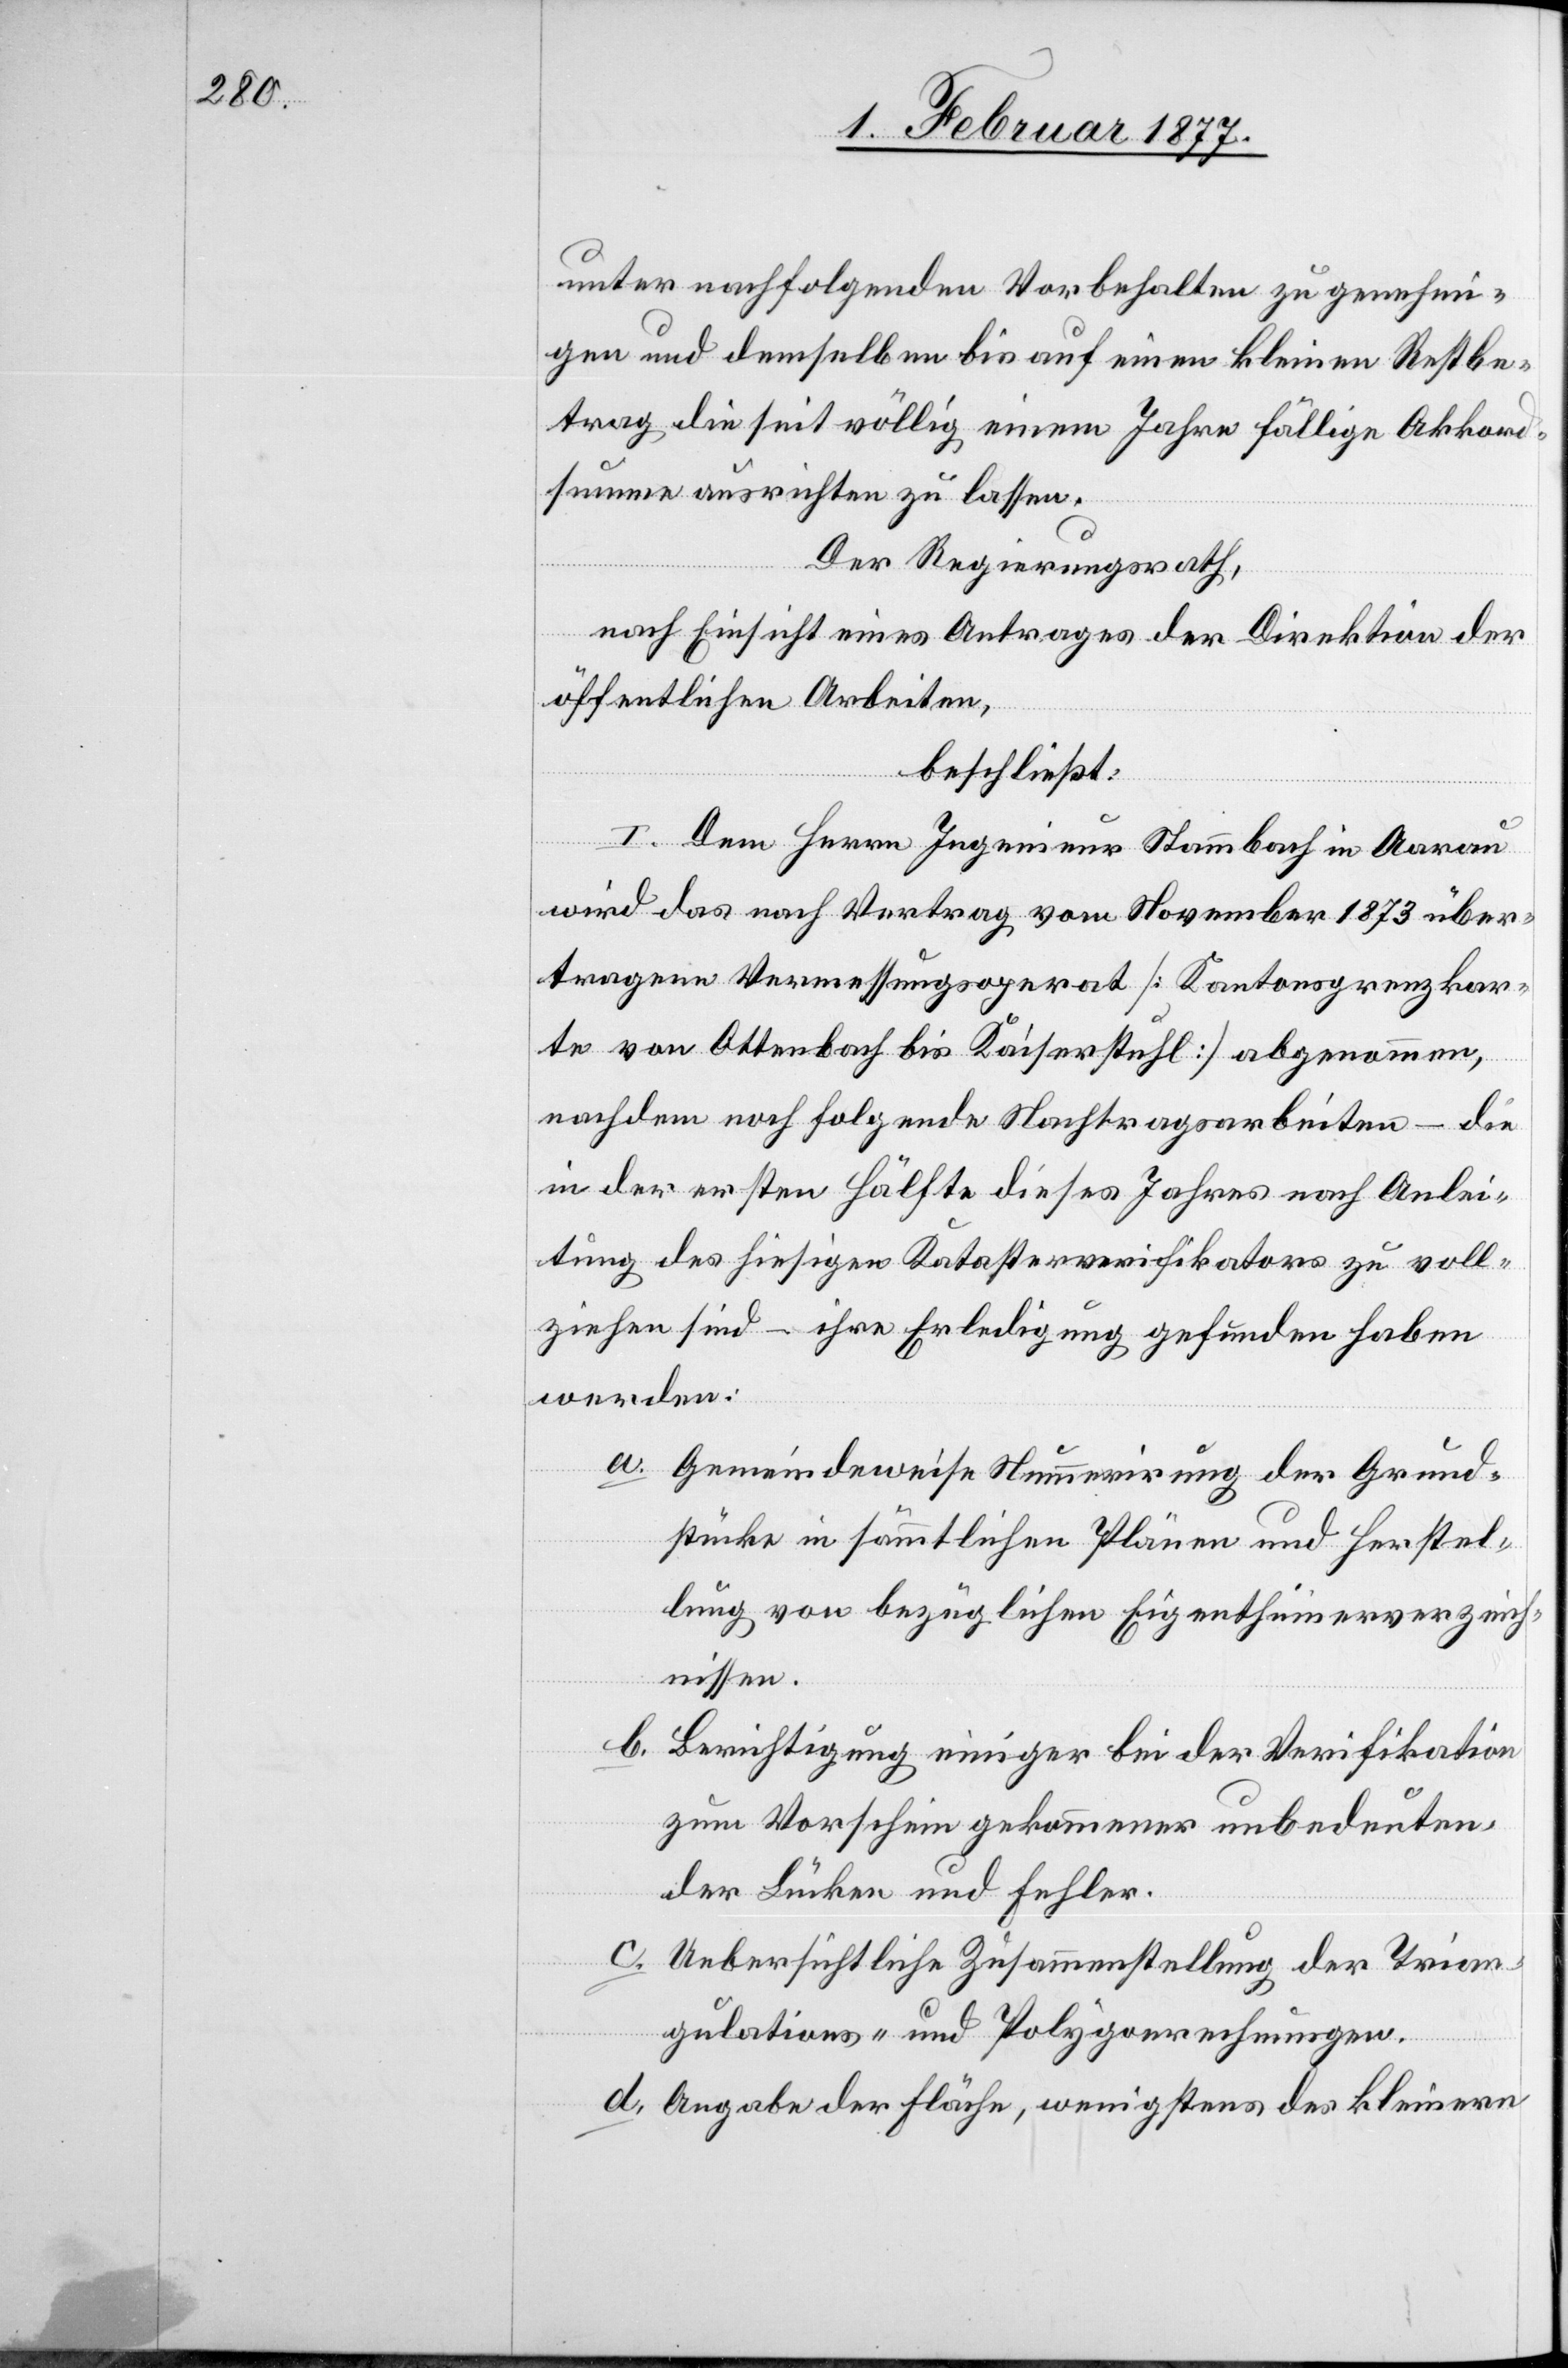
unter nachfolgenden Vorbehalten zu genehmi¬
gen und demselben bis auf einen kleinen Restbe¬
trag die seit völlig einem Jahre fällige Akkord¬
summe ausrichten zu lassen.
Der Regierungsrath,
nach Einsicht eines Antrages der Direktion der
öffentlichen Arbeiten,
beschließt:
I. Dem Herrn Ingenieur Stammbach in Aarau
wird das nach Vertrag vom November 1873 über¬
tragene Vermessungsoperat [Kantonsgrenzkar¬
te von Ottenbach bis Kaiserstuhl] abgenommen,
nachdem noch folgende Nachtragsarbeiten – die
in der ersten Hälfte dieses Jahres nach Anlei¬
tung des hiesigen Katasterverifikators zu voll¬
enden sind – ihre Erledigung gefunden haben
werden:
a. Gemeindeweise Nummerirung der Grund¬
stücke in sämmtlichen Plänen und Herstel¬
lung von bezüglichen Eigenthümerverzeich¬
nissen.
b. Berichtigung einiger bei der Verifikation
zum Vorschein gekommener unbedeuten¬
der Lücken und Fehler.
c. Uebersichtliche Zusammenstellung der Trian¬
gulations- und Polygonrechnungen.
d. Angabe der Fläche, wenigstens des kleinern